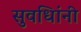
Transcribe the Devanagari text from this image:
सुवधिांनी